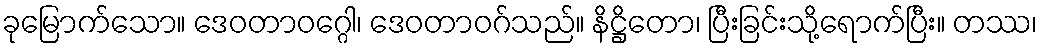
ခုမြောက်သော။ ဒေဝတာဝဂ္ဂေါ၊ ဒေဝတာဝဂ်သည်။ နိဋ္ဌိတော၊ ပြီးခြင်းသို့ရောက်ပြီး။ တဿ၊